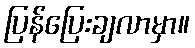
ပြန်ပြေးချလာမှာ။